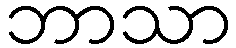
ဘာသာ